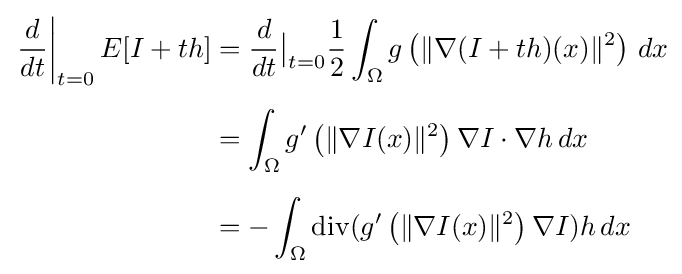
{\begin{aligned}\left.{\frac {d}{dt}}\right|_{t=0}E[I+th]&={\frac {d}{dt}}{\big |}_{t=0}{\frac {1}{2}}\int _{\Omega }g\left(\|\nabla (I+th)(x)\|^{2}\right)\,dx\\[5pt]&=\int _{\Omega }g'\left(\|\nabla I(x)\|^{2}\right)\nabla I\cdot \nabla h\,dx\\[5pt]&=-\int _{\Omega }\operatorname {div} (g'\left(\|\nabla I(x)\|^{2}\right)\nabla I)h\,dx\end{aligned}}